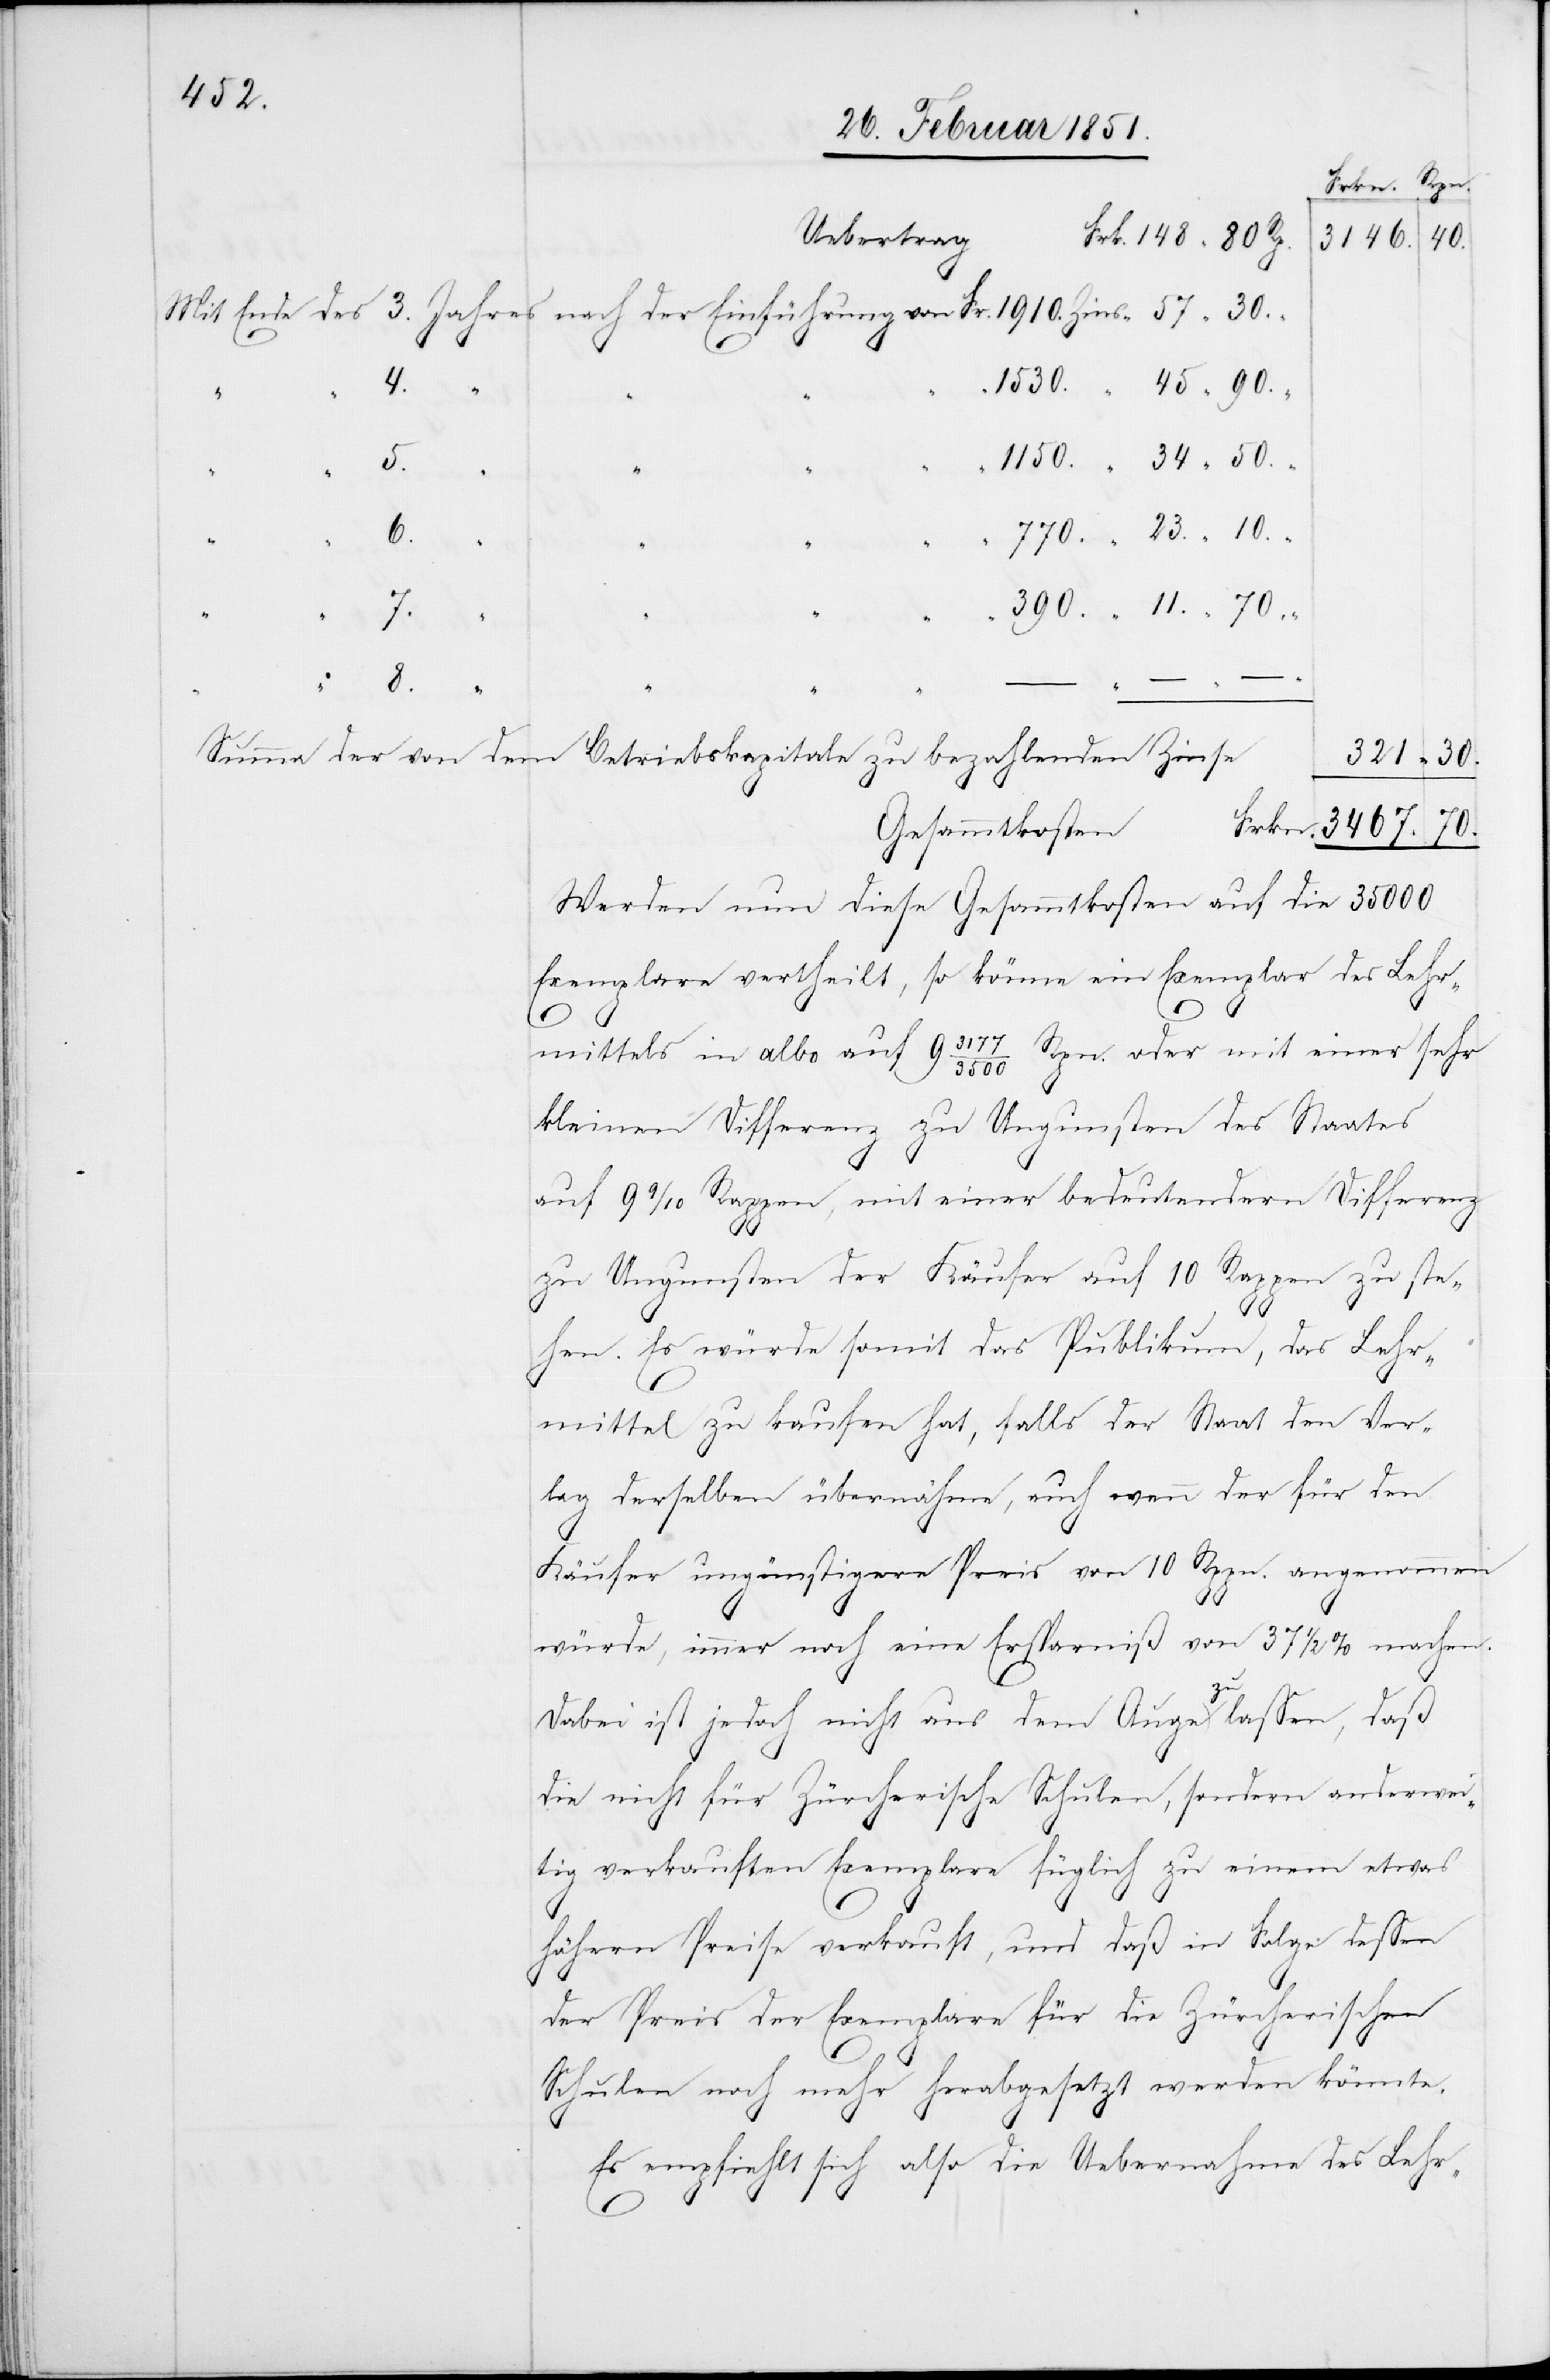
Uebertrag
70.
3146.
6.
–
8.
Frkn.
Summa der von dem
Betriebskapitale zu bezahlenden Zinse
Gesammtkosten
Werden nun diese Gesammtkosten auf die 35000
Exemplare vertheilt, so käme ein Exemplar des Lehr¬
23.
45
11.
mittels in albo auf 9
3177/3500 Rpn. oder mit einer sehr
kleinen Differenz zu Ungunsten des Staates
auf 9 9/10 Rappen, mit einer bedeutendern Differenz
zu Ungunsten der Käufer auf 10 Rappen zu ste¬
3467.
hen. Es würde somit das Publikum, das Lehr¬
mittel zu kaufen hat, falls der Staat den Ver¬
lag derselben übernähme, auch wenn der für den
Käufer ungünstigere Preis von 10 Rppn. angenommen
würde, immer noch eine Ersparniß von 37 1/2 % machen.
Dabei ist jedoch nicht aus dem Auge zu lassen, daß
die nicht für Zürcherische Schulen, sondern anderwei¬
tig verkauften Exemplare füglich zu einem etwas
321
“
höhern Preise verkauft, und daß in Folge dessen
der Preis der Exemplare für die Zürcherischen
Schulen noch mehr herabgesetzt werden könnte.
Es empfiehlt sich also die Uebernahme des Lehr-
Fr.